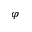
\varphi